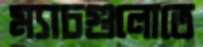
ম্যাচগুলোতে